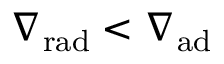
\ensuremath { \nabla _ { \mathrm { { r a d } } } } < \ensuremath { \nabla _ { \mathrm { { a d } } } }